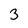
Character: 3